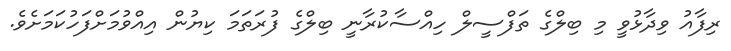
ރިފާއު ވިދާޅުވީ މި ބިލްގެ ތަފްސީލް ހިއްސާކުރާނީ ބިލްގެ ފުރަތަމަ ކިޔުން އިއްވުމަށްފަހުކަމަށެވެ.